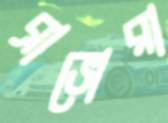
ব্রাভোরা